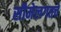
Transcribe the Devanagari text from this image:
सीमेलगतचे